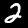
Digit: 2